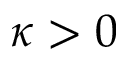
\kappa > 0